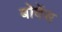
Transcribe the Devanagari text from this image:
बोवेंस